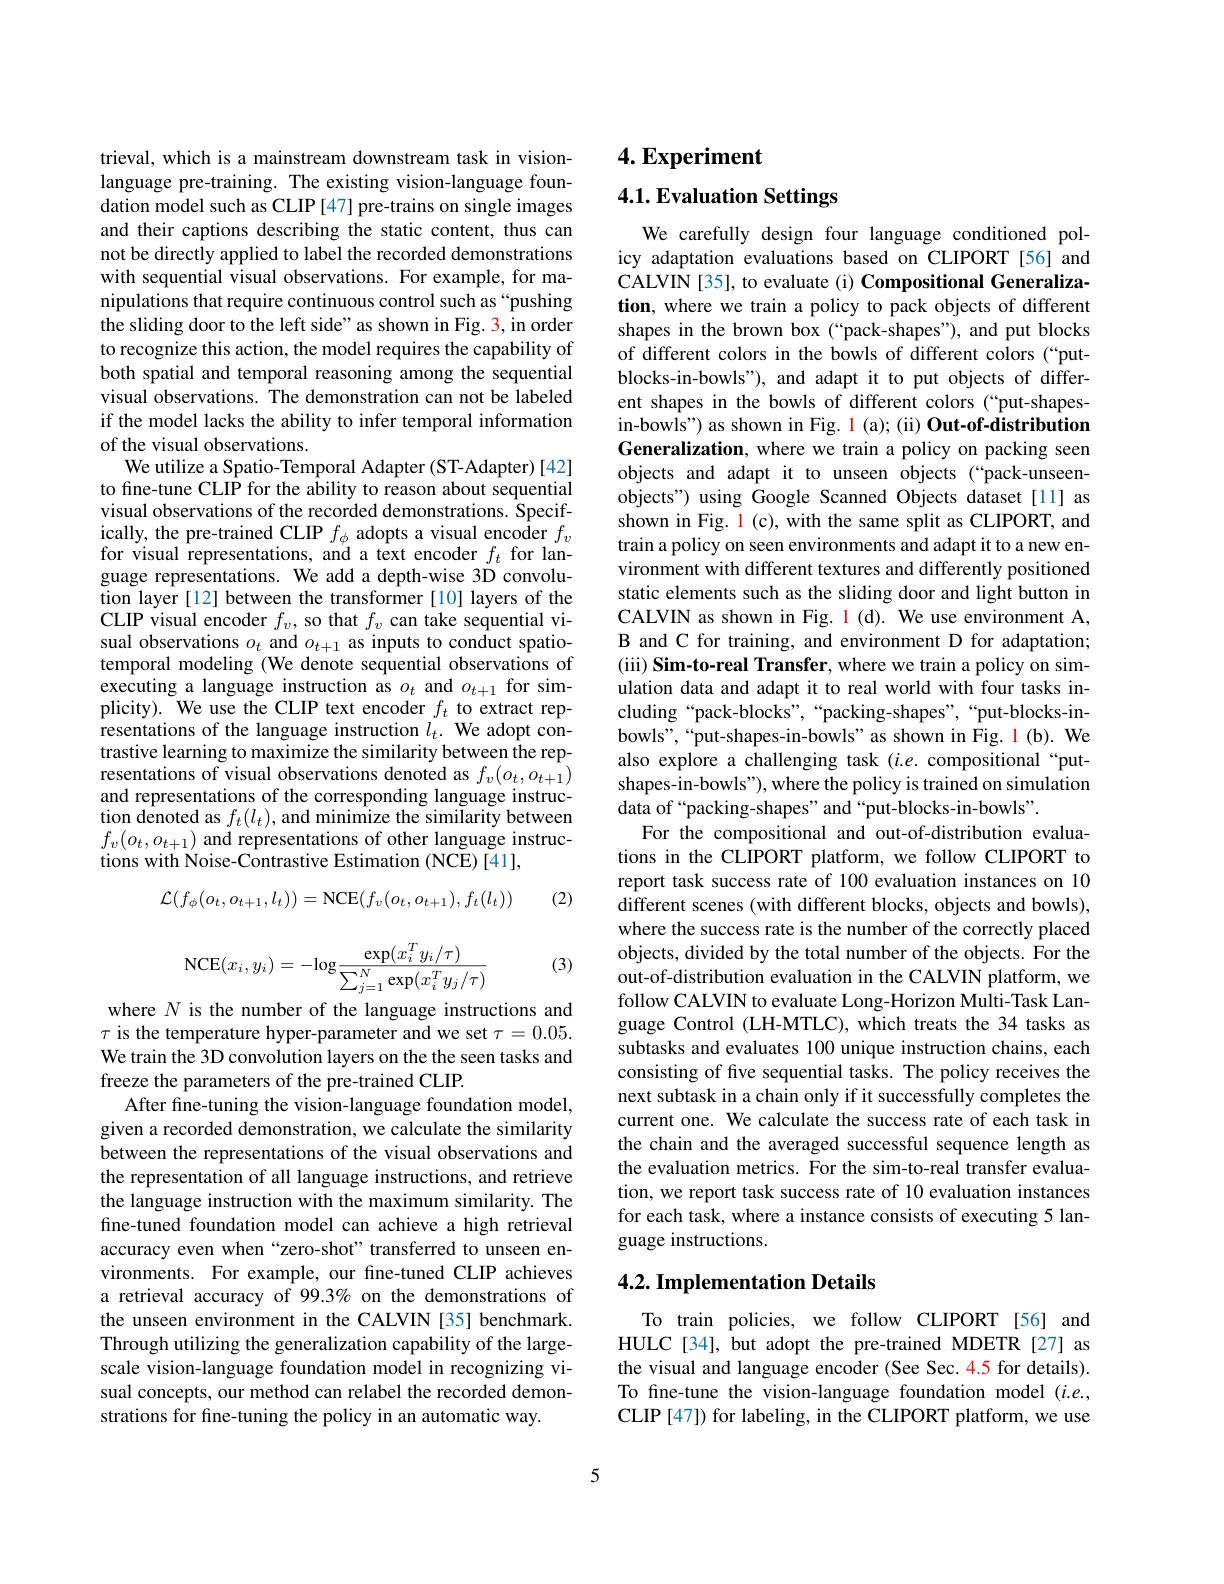
trieval, which is a mainstream downstream task in visionlanguage pre-training. The existing vision-language foundation model such as CLIP [47] pre-trains on single images and their captions describing the static content, thus can not be directly applied to label the recorded demonstrations with sequential visual observations. For example, for manipulations that require continuous control such as“pushing the sliding door to the left side" as shown in Fig. 3, in order to recognize this action, the model requires the capability of both spatial and temporal reasoning among the sequential visual observations. The demonstration can not be labeled if the model lacks the ability to infer temporal information of the visual observations.
We utilize a Spatio- Temporal Adapter (ST-Adapter) [42] to fine-tune CLIP for the ability to reason about sequential visual observations of the recorded demonstrations. Specifically, the pre-trained CLIP $f_\phi$ adopts a visual encoder $f_v$ for visual representations, and a text encoder $f_t$ for language representations. We add a depth-wise 3D convolution layer [12] between the transformer [10] layers of the CLIP visual encoder $f_v$, so that $f_v$ can take sequential visual observations $o_t$ and $o_{t+1}$ as inputs to conduct spatiotemporal modeling (We denote sequential observations of executing a language instruction as $o_t$ and $o_t+1$ for simplicity). We use the CLIP text encoder $f_t$ to extract representations of the language instruction $l_t.$ We adopt contrastive learning to maximize the similarity between the representations of visual observations denoted as $f_v(o_t,o_{t+1})$ and representations of the corresponding language instruction denoted as $f_t(l_t)$,and minimize the similarity between $f_{v}(o_{t},o_{t+1})$ and representations of other language instructions with Noise-Contrastive Estimation (NCE) [41],
$$\mathcal{L}(f_\phi(o_t,o_{t+1},l_t))=\mathrm{NCE}(f_v(o_t,o_{t+1}),f_t(l_t))$$
(2)
$$\mathrm{NCE}(x_i,y_i)=-\mathrm{log}\frac{\exp(x_i^Ty_i/\tau)}{\sum_{j=1}^N\exp(x_i^Ty_j/\tau)}$$
(3)

where $N$ is the number of the language instructions and

$\tau$ is the temperature hyper-parameter and we set $\tau=0.05.$ We train the 3D convolution layers on the the seen tasks and freeze the parameters of the pre-trained CLIP.
After fine-tuning the vision-language foundation model, given a recorded demonstration, we calculate the similarity between the representations of the visual observations and the representation of all language instructions, and retrieve the language instruction with the maximum similarity. The fine-tuned foundation model can achieve a high retrieval accuracy even when“zero-shot”transferred to unseen environments. For example, our fine-tuned CLIP achieves a retrieval accuracy of 99.3% on the demonstrations of the unseen environment in the CALVIN [35] benchmark. Through utilizing the generalization capability of the largescale vision-language foundation model in recognizing visual concepts, our method can relabel the recorded demonstrations for fine-tuning the policy in an automatic way.

4. Experiment

4.1. Evaluation Settings

We carefully design four language conditioned policy adaptation evaluations based on CLIPORT [56] and CALVIN [35], to evaluate (i) Compositional Generalization, where we train a policy to pack objects of different shapes in the brown box (“pack-shapes”), and put blocks of different colors in the bowls of different colors (“putblocks-in-bowls"), and adapt it to put objects of different shapes in the bowls of different colors(“put-shapesin-bowls") as shown in Fig. 1 (a); (ii) Out-of-distribution Generalization, where we train a policy on packing seen objects and adapt it to unseen objects (“pack-unseenobjects") using Google Scanned Objects dataset [11] as shown in Fig. 1(c), with the same split as CLIPORT, and train a policy on seen environments and adapt it to a new environment with different textures and differently positioned static elements such as the sliding door and light button in CALVIN as shown in Fig. 1 (d). We use environment A, B and C for training, and environment D for adaptation; (iii) Sim-to-real Transfer, where we train a policy on simulation data and adapt it to real world with four tasks including“pack-blocks”,“packing-shapes”,“put-blocks-inbowls",“put-shapes-in-bowls”as shown in Fig. 1(b). We also explore a challenging task $(i.e.$ compositional “putshapes-in-bowls"), where the policy is trained on simulation data of“packing-shapes”and“put-blocks-in-bowls”.
For the compositional and out-of-distribution evaluations in the CLIPORT platform, we follow CLIPORT to report task success rate of 100 evaluation instances on 10 different scenes (with different blocks, objects and bowls), where the success rate is the number of the correctly placed objects, divided by the total number of the objects. For the out-of-distribution evaluation in the CALVIN platform, we follow CALVIN to evaluate Long-Horizon Multi-Task Language Control (LH-MTLC), which treats the 34 tasks as subtasks and evaluates 100 unique instruction chains, each consisting of five sequential tasks. The policy receives the next subtask in a chain only if it successfully completes the current one. We calculate the success rate of each task in the chain and the averaged successful sequence length as the evaluation metrics. For the sim-to-real transfer evaluation, we report task success rate of 10 evaluation instances for each task, where a instance consists of executing 5 language instructions.

## 4.2. Implementation Details

To train policies, we follow CLIPORT [56] and HULC[34], but adopt the pre-trained MDETR [27] as the visual and language encoder (See Sec. 4.5 for details). To fine-tune the vision-language foundation model $(i.e.$, CLIP [47]) for labeling, in the CLIPORT platform, we use

5